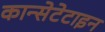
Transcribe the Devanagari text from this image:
कान्सेटेटाइन